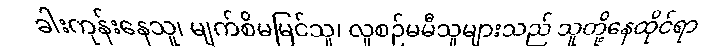
ခါးကုန်းနေသူ၊ မျက်စိမမြင်သူ၊ လူစဉ်မမီသူများသည် သူတို့နေထိုင်ရာ